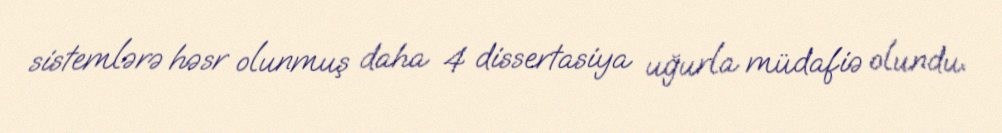
sistemlərə həsr olunmuş daha 4 dissertasiya uğurla müdafiə olundu.